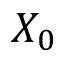
X _ { 0 }